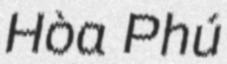
Hòa Phú